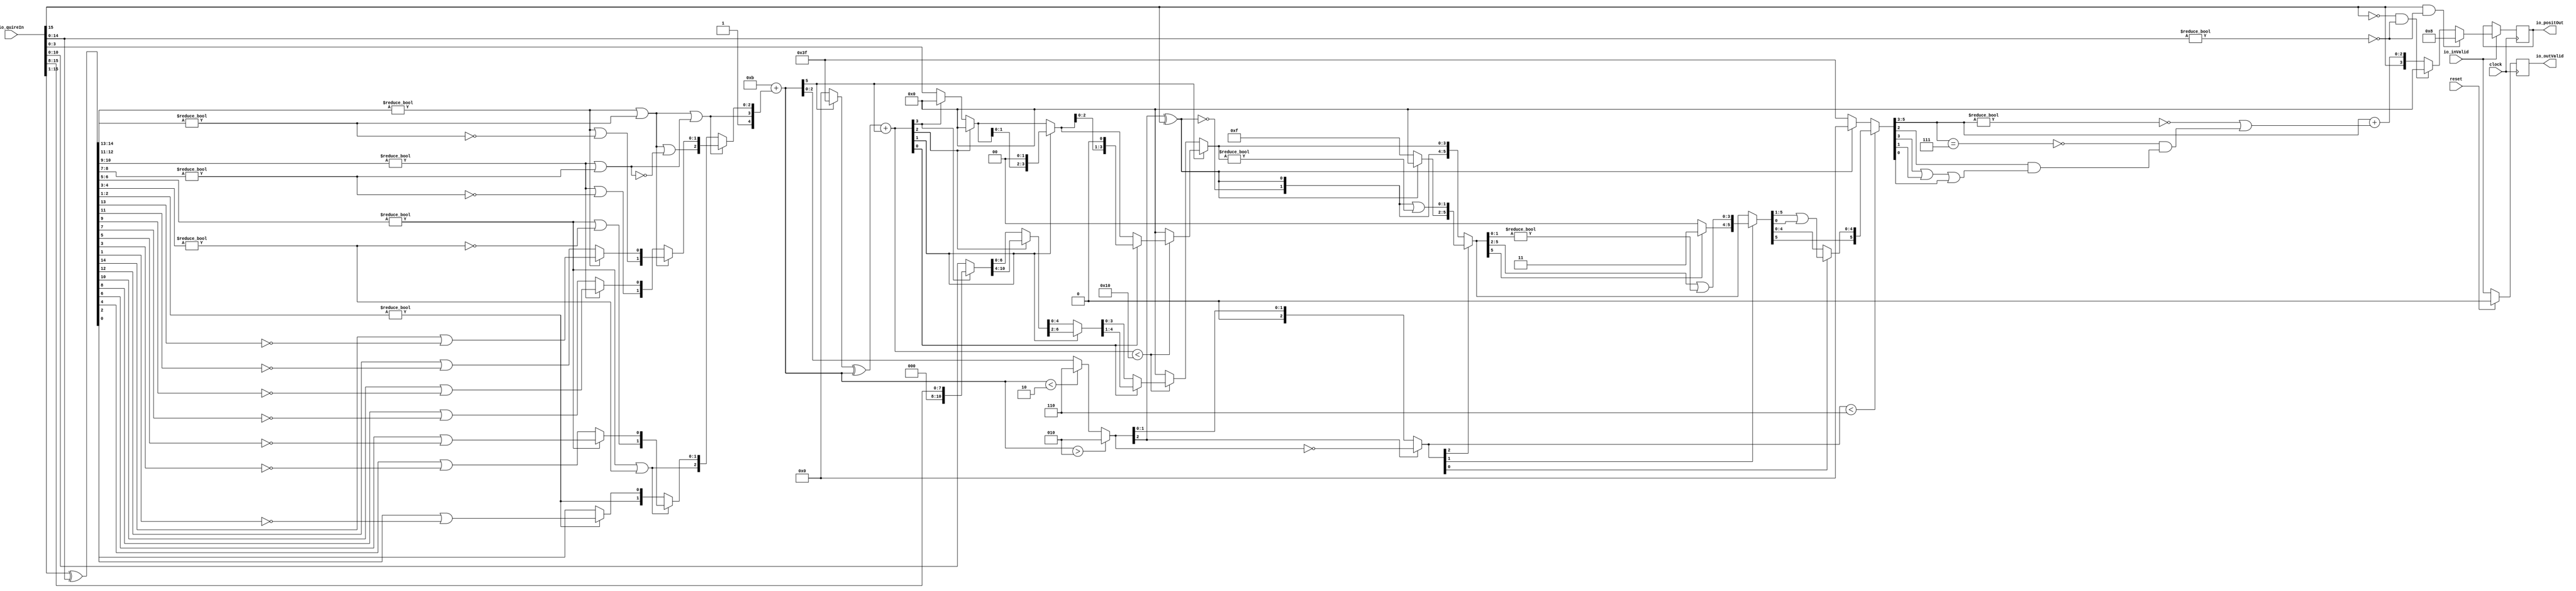
module QuireToPosit6_4_0(
  input         clock,
  input         reset,
  input         io_inValid,
  input  [15:0] io_quireIn,
  output [3:0]  io_positOut,
  output        io_outValid
);
  wire [14:0] _T; // @[QuireToPosit.scala 47:43]
  wire  _T_1; // @[QuireToPosit.scala 47:47]
  wire  tailIsZero; // @[QuireToPosit.scala 47:27]
  wire  _T_2; // @[QuireToPosit.scala 49:45]
  wire  outRawFloat_isNaR; // @[QuireToPosit.scala 49:49]
  wire  _T_5; // @[QuireToPosit.scala 50:31]
  wire  outRawFloat_isZero; // @[QuireToPosit.scala 50:51]
  wire [14:0] _T_8; // @[QuireToPosit.scala 58:41]
  wire [14:0] _T_9; // @[QuireToPosit.scala 58:68]
  wire [14:0] quireXOR; // @[QuireToPosit.scala 58:56]
  wire [7:0] _T_10; // @[LZD.scala 43:32]
  wire [3:0] _T_11; // @[LZD.scala 43:32]
  wire [1:0] _T_12; // @[LZD.scala 43:32]
  wire  _T_13; // @[LZD.scala 39:14]
  wire  _T_14; // @[LZD.scala 39:21]
  wire  _T_15; // @[LZD.scala 39:30]
  wire  _T_16; // @[LZD.scala 39:27]
  wire  _T_17; // @[LZD.scala 39:25]
  wire [1:0] _T_18; // @[Cat.scala 29:58]
  wire [1:0] _T_19; // @[LZD.scala 44:32]
  wire  _T_20; // @[LZD.scala 39:14]
  wire  _T_21; // @[LZD.scala 39:21]
  wire  _T_22; // @[LZD.scala 39:30]
  wire  _T_23; // @[LZD.scala 39:27]
  wire  _T_24; // @[LZD.scala 39:25]
  wire [1:0] _T_25; // @[Cat.scala 29:58]
  wire  _T_26; // @[Shift.scala 12:21]
  wire  _T_27; // @[Shift.scala 12:21]
  wire  _T_28; // @[LZD.scala 49:16]
  wire  _T_29; // @[LZD.scala 49:27]
  wire  _T_30; // @[LZD.scala 49:25]
  wire  _T_31; // @[LZD.scala 49:47]
  wire  _T_32; // @[LZD.scala 49:59]
  wire  _T_33; // @[LZD.scala 49:35]
  wire [2:0] _T_35; // @[Cat.scala 29:58]
  wire [3:0] _T_36; // @[LZD.scala 44:32]
  wire [1:0] _T_37; // @[LZD.scala 43:32]
  wire  _T_38; // @[LZD.scala 39:14]
  wire  _T_39; // @[LZD.scala 39:21]
  wire  _T_40; // @[LZD.scala 39:30]
  wire  _T_41; // @[LZD.scala 39:27]
  wire  _T_42; // @[LZD.scala 39:25]
  wire [1:0] _T_43; // @[Cat.scala 29:58]
  wire [1:0] _T_44; // @[LZD.scala 44:32]
  wire  _T_45; // @[LZD.scala 39:14]
  wire  _T_46; // @[LZD.scala 39:21]
  wire  _T_47; // @[LZD.scala 39:30]
  wire  _T_48; // @[LZD.scala 39:27]
  wire  _T_49; // @[LZD.scala 39:25]
  wire [1:0] _T_50; // @[Cat.scala 29:58]
  wire  _T_51; // @[Shift.scala 12:21]
  wire  _T_52; // @[Shift.scala 12:21]
  wire  _T_53; // @[LZD.scala 49:16]
  wire  _T_54; // @[LZD.scala 49:27]
  wire  _T_55; // @[LZD.scala 49:25]
  wire  _T_56; // @[LZD.scala 49:47]
  wire  _T_57; // @[LZD.scala 49:59]
  wire  _T_58; // @[LZD.scala 49:35]
  wire [2:0] _T_60; // @[Cat.scala 29:58]
  wire  _T_61; // @[Shift.scala 12:21]
  wire  _T_62; // @[Shift.scala 12:21]
  wire  _T_63; // @[LZD.scala 49:16]
  wire  _T_64; // @[LZD.scala 49:27]
  wire  _T_65; // @[LZD.scala 49:25]
  wire [1:0] _T_66; // @[LZD.scala 49:47]
  wire [1:0] _T_67; // @[LZD.scala 49:59]
  wire [1:0] _T_68; // @[LZD.scala 49:35]
  wire [3:0] _T_70; // @[Cat.scala 29:58]
  wire [6:0] _T_71; // @[LZD.scala 44:32]
  wire [3:0] _T_72; // @[LZD.scala 43:32]
  wire [1:0] _T_73; // @[LZD.scala 43:32]
  wire  _T_74; // @[LZD.scala 39:14]
  wire  _T_75; // @[LZD.scala 39:21]
  wire  _T_76; // @[LZD.scala 39:30]
  wire  _T_77; // @[LZD.scala 39:27]
  wire  _T_78; // @[LZD.scala 39:25]
  wire [1:0] _T_79; // @[Cat.scala 29:58]
  wire [1:0] _T_80; // @[LZD.scala 44:32]
  wire  _T_81; // @[LZD.scala 39:14]
  wire  _T_82; // @[LZD.scala 39:21]
  wire  _T_83; // @[LZD.scala 39:30]
  wire  _T_84; // @[LZD.scala 39:27]
  wire  _T_85; // @[LZD.scala 39:25]
  wire [1:0] _T_86; // @[Cat.scala 29:58]
  wire  _T_87; // @[Shift.scala 12:21]
  wire  _T_88; // @[Shift.scala 12:21]
  wire  _T_89; // @[LZD.scala 49:16]
  wire  _T_90; // @[LZD.scala 49:27]
  wire  _T_91; // @[LZD.scala 49:25]
  wire  _T_92; // @[LZD.scala 49:47]
  wire  _T_93; // @[LZD.scala 49:59]
  wire  _T_94; // @[LZD.scala 49:35]
  wire [2:0] _T_96; // @[Cat.scala 29:58]
  wire [2:0] _T_97; // @[LZD.scala 44:32]
  wire [1:0] _T_98; // @[LZD.scala 43:32]
  wire  _T_99; // @[LZD.scala 39:14]
  wire  _T_100; // @[LZD.scala 39:21]
  wire  _T_101; // @[LZD.scala 39:30]
  wire  _T_102; // @[LZD.scala 39:27]
  wire  _T_103; // @[LZD.scala 39:25]
  wire [1:0] _T_104; // @[Cat.scala 29:58]
  wire  _T_105; // @[LZD.scala 44:32]
  wire  _T_107; // @[Shift.scala 12:21]
  wire  _T_109; // @[LZD.scala 55:32]
  wire  _T_110; // @[LZD.scala 55:20]
  wire [1:0] _T_111; // @[Cat.scala 29:58]
  wire  _T_112; // @[Shift.scala 12:21]
  wire [1:0] _T_114; // @[LZD.scala 55:32]
  wire [1:0] _T_115; // @[LZD.scala 55:20]
  wire [2:0] _T_116; // @[Cat.scala 29:58]
  wire  _T_117; // @[Shift.scala 12:21]
  wire [2:0] _T_119; // @[LZD.scala 55:32]
  wire [2:0] _T_120; // @[LZD.scala 55:20]
  wire [4:0] scaleBias; // @[Cat.scala 29:58]
  wire [4:0] _T_121; // @[QuireToPosit.scala 61:53]
  wire [5:0] _GEN_2; // @[QuireToPosit.scala 61:41]
  wire [5:0] _T_123; // @[QuireToPosit.scala 61:41]
  wire [5:0] realScale; // @[QuireToPosit.scala 61:41]
  wire  underflow; // @[QuireToPosit.scala 62:41]
  wire  overflow; // @[QuireToPosit.scala 63:35]
  wire [5:0] _T_124; // @[Mux.scala 87:16]
  wire [5:0] _T_125; // @[Mux.scala 87:16]
  wire  _T_126; // @[Abs.scala 10:21]
  wire [5:0] _T_128; // @[Bitwise.scala 71:12]
  wire [5:0] _T_129; // @[Abs.scala 10:31]
  wire [5:0] _T_130; // @[Abs.scala 10:26]
  wire [5:0] _GEN_3; // @[Abs.scala 10:39]
  wire [5:0] absRealScale; // @[Abs.scala 10:39]
  wire  _T_133; // @[Shift.scala 16:24]
  wire [3:0] _T_134; // @[Shift.scala 17:37]
  wire  _T_135; // @[Shift.scala 12:21]
  wire [7:0] _T_136; // @[Shift.scala 64:52]
  wire [15:0] _T_138; // @[Cat.scala 29:58]
  wire [15:0] _T_139; // @[Shift.scala 64:27]
  wire [2:0] _T_140; // @[Shift.scala 66:70]
  wire  _T_141; // @[Shift.scala 12:21]
  wire [11:0] _T_142; // @[Shift.scala 64:52]
  wire [15:0] _T_144; // @[Cat.scala 29:58]
  wire [15:0] _T_145; // @[Shift.scala 64:27]
  wire [1:0] _T_146; // @[Shift.scala 66:70]
  wire  _T_147; // @[Shift.scala 12:21]
  wire [13:0] _T_148; // @[Shift.scala 64:52]
  wire [15:0] _T_150; // @[Cat.scala 29:58]
  wire [15:0] _T_151; // @[Shift.scala 64:27]
  wire  _T_152; // @[Shift.scala 66:70]
  wire [14:0] _T_154; // @[Shift.scala 64:52]
  wire [15:0] _T_155; // @[Cat.scala 29:58]
  wire [15:0] _T_156; // @[Shift.scala 64:27]
  wire [15:0] quireLeftShift; // @[Shift.scala 16:10]
  wire [7:0] _T_161; // @[Shift.scala 77:66]
  wire [15:0] _T_162; // @[Cat.scala 29:58]
  wire [15:0] _T_163; // @[Shift.scala 77:22]
  wire [11:0] _T_167; // @[Shift.scala 77:66]
  wire [15:0] _T_168; // @[Cat.scala 29:58]
  wire [15:0] _T_169; // @[Shift.scala 77:22]
  wire [13:0] _T_173; // @[Shift.scala 77:66]
  wire [15:0] _T_174; // @[Cat.scala 29:58]
  wire [15:0] _T_175; // @[Shift.scala 77:22]
  wire [14:0] _T_178; // @[Shift.scala 77:66]
  wire [15:0] _T_179; // @[Cat.scala 29:58]
  wire [15:0] _T_180; // @[Shift.scala 77:22]
  wire [15:0] quireRightShift; // @[Shift.scala 27:10]
  wire [2:0] _T_182; // @[QuireToPosit.scala 89:49]
  wire  _T_183; // @[QuireToPosit.scala 90:127]
  wire [3:0] realFGRSTmp1; // @[Cat.scala 29:58]
  wire [2:0] _T_185; // @[QuireToPosit.scala 91:50]
  wire  _T_186; // @[QuireToPosit.scala 92:128]
  wire [3:0] realFGRSTmp2; // @[Cat.scala 29:58]
  wire [3:0] realFGRS; // @[QuireToPosit.scala 93:34]
  wire  outRawFloat_fraction; // @[QuireToPosit.scala 95:46]
  wire [2:0] outRawFloat_grs; // @[QuireToPosit.scala 96:46]
  wire [2:0] _GEN_4; // @[QuireToPosit.scala 44:31 QuireToPosit.scala 65:27]
  wire [2:0] outRawFloat_scale; // @[QuireToPosit.scala 44:31 QuireToPosit.scala 65:27]
  wire  _T_193; // @[convert.scala 49:36]
  wire [2:0] _T_195; // @[convert.scala 50:36]
  wire [2:0] _T_196; // @[convert.scala 50:36]
  wire [2:0] _T_197; // @[convert.scala 50:28]
  wire  _T_198; // @[convert.scala 51:31]
  wire  _T_199; // @[convert.scala 53:34]
  wire [5:0] _T_202; // @[Cat.scala 29:58]
  wire [2:0] _T_203; // @[Shift.scala 39:17]
  wire  _T_204; // @[Shift.scala 39:24]
  wire [1:0] _T_206; // @[Shift.scala 90:30]
  wire [3:0] _T_207; // @[Shift.scala 90:48]
  wire  _T_208; // @[Shift.scala 90:57]
  wire [1:0] _GEN_5; // @[Shift.scala 90:39]
  wire [1:0] _T_209; // @[Shift.scala 90:39]
  wire  _T_210; // @[Shift.scala 12:21]
  wire  _T_211; // @[Shift.scala 12:21]
  wire [3:0] _T_213; // @[Bitwise.scala 71:12]
  wire [5:0] _T_214; // @[Cat.scala 29:58]
  wire [5:0] _T_215; // @[Shift.scala 91:22]
  wire [1:0] _T_216; // @[Shift.scala 92:77]
  wire [3:0] _T_217; // @[Shift.scala 90:30]
  wire [1:0] _T_218; // @[Shift.scala 90:48]
  wire  _T_219; // @[Shift.scala 90:57]
  wire [3:0] _GEN_6; // @[Shift.scala 90:39]
  wire [3:0] _T_220; // @[Shift.scala 90:39]
  wire  _T_221; // @[Shift.scala 12:21]
  wire  _T_222; // @[Shift.scala 12:21]
  wire [1:0] _T_224; // @[Bitwise.scala 71:12]
  wire [5:0] _T_225; // @[Cat.scala 29:58]
  wire [5:0] _T_226; // @[Shift.scala 91:22]
  wire  _T_227; // @[Shift.scala 92:77]
  wire [4:0] _T_228; // @[Shift.scala 90:30]
  wire  _T_229; // @[Shift.scala 90:48]
  wire [4:0] _GEN_7; // @[Shift.scala 90:39]
  wire [4:0] _T_231; // @[Shift.scala 90:39]
  wire  _T_233; // @[Shift.scala 12:21]
  wire [5:0] _T_234; // @[Cat.scala 29:58]
  wire [5:0] _T_235; // @[Shift.scala 91:22]
  wire [5:0] _T_238; // @[Bitwise.scala 71:12]
  wire [5:0] _T_239; // @[Shift.scala 39:10]
  wire  _T_240; // @[convert.scala 55:31]
  wire  _T_241; // @[convert.scala 56:31]
  wire  _T_242; // @[convert.scala 57:31]
  wire  _T_243; // @[convert.scala 58:31]
  wire [2:0] _T_244; // @[convert.scala 59:69]
  wire  _T_245; // @[convert.scala 59:81]
  wire  _T_246; // @[convert.scala 59:50]
  wire  _T_248; // @[convert.scala 60:81]
  wire  _T_249; // @[convert.scala 61:44]
  wire  _T_250; // @[convert.scala 61:52]
  wire  _T_251; // @[convert.scala 61:36]
  wire  _T_252; // @[convert.scala 62:63]
  wire  _T_253; // @[convert.scala 62:103]
  wire  _T_254; // @[convert.scala 62:60]
  wire [2:0] _GEN_8; // @[convert.scala 63:56]
  wire [2:0] _T_257; // @[convert.scala 63:56]
  wire [3:0] _T_258; // @[Cat.scala 29:58]
  reg  _T_262; // @[Valid.scala 117:22]
  reg [31:0] _RAND_0;
  reg [3:0] _T_266; // @[Reg.scala 15:16]
  reg [31:0] _RAND_1;
  assign _T = io_quireIn[14:0]; // @[QuireToPosit.scala 47:43]
  assign _T_1 = _T != 15'h0; // @[QuireToPosit.scala 47:47]
  assign tailIsZero = ~ _T_1; // @[QuireToPosit.scala 47:27]
  assign _T_2 = io_quireIn[15:15]; // @[QuireToPosit.scala 49:45]
  assign outRawFloat_isNaR = _T_2 & tailIsZero; // @[QuireToPosit.scala 49:49]
  assign _T_5 = ~ _T_2; // @[QuireToPosit.scala 50:31]
  assign outRawFloat_isZero = _T_5 & tailIsZero; // @[QuireToPosit.scala 50:51]
  assign _T_8 = io_quireIn[15:1]; // @[QuireToPosit.scala 58:41]
  assign _T_9 = io_quireIn[14:0]; // @[QuireToPosit.scala 58:68]
  assign quireXOR = _T_8 ^ _T_9; // @[QuireToPosit.scala 58:56]
  assign _T_10 = quireXOR[14:7]; // @[LZD.scala 43:32]
  assign _T_11 = _T_10[7:4]; // @[LZD.scala 43:32]
  assign _T_12 = _T_11[3:2]; // @[LZD.scala 43:32]
  assign _T_13 = _T_12 != 2'h0; // @[LZD.scala 39:14]
  assign _T_14 = _T_12[1]; // @[LZD.scala 39:21]
  assign _T_15 = _T_12[0]; // @[LZD.scala 39:30]
  assign _T_16 = ~ _T_15; // @[LZD.scala 39:27]
  assign _T_17 = _T_14 | _T_16; // @[LZD.scala 39:25]
  assign _T_18 = {_T_13,_T_17}; // @[Cat.scala 29:58]
  assign _T_19 = _T_11[1:0]; // @[LZD.scala 44:32]
  assign _T_20 = _T_19 != 2'h0; // @[LZD.scala 39:14]
  assign _T_21 = _T_19[1]; // @[LZD.scala 39:21]
  assign _T_22 = _T_19[0]; // @[LZD.scala 39:30]
  assign _T_23 = ~ _T_22; // @[LZD.scala 39:27]
  assign _T_24 = _T_21 | _T_23; // @[LZD.scala 39:25]
  assign _T_25 = {_T_20,_T_24}; // @[Cat.scala 29:58]
  assign _T_26 = _T_18[1]; // @[Shift.scala 12:21]
  assign _T_27 = _T_25[1]; // @[Shift.scala 12:21]
  assign _T_28 = _T_26 | _T_27; // @[LZD.scala 49:16]
  assign _T_29 = ~ _T_27; // @[LZD.scala 49:27]
  assign _T_30 = _T_26 | _T_29; // @[LZD.scala 49:25]
  assign _T_31 = _T_18[0:0]; // @[LZD.scala 49:47]
  assign _T_32 = _T_25[0:0]; // @[LZD.scala 49:59]
  assign _T_33 = _T_26 ? _T_31 : _T_32; // @[LZD.scala 49:35]
  assign _T_35 = {_T_28,_T_30,_T_33}; // @[Cat.scala 29:58]
  assign _T_36 = _T_10[3:0]; // @[LZD.scala 44:32]
  assign _T_37 = _T_36[3:2]; // @[LZD.scala 43:32]
  assign _T_38 = _T_37 != 2'h0; // @[LZD.scala 39:14]
  assign _T_39 = _T_37[1]; // @[LZD.scala 39:21]
  assign _T_40 = _T_37[0]; // @[LZD.scala 39:30]
  assign _T_41 = ~ _T_40; // @[LZD.scala 39:27]
  assign _T_42 = _T_39 | _T_41; // @[LZD.scala 39:25]
  assign _T_43 = {_T_38,_T_42}; // @[Cat.scala 29:58]
  assign _T_44 = _T_36[1:0]; // @[LZD.scala 44:32]
  assign _T_45 = _T_44 != 2'h0; // @[LZD.scala 39:14]
  assign _T_46 = _T_44[1]; // @[LZD.scala 39:21]
  assign _T_47 = _T_44[0]; // @[LZD.scala 39:30]
  assign _T_48 = ~ _T_47; // @[LZD.scala 39:27]
  assign _T_49 = _T_46 | _T_48; // @[LZD.scala 39:25]
  assign _T_50 = {_T_45,_T_49}; // @[Cat.scala 29:58]
  assign _T_51 = _T_43[1]; // @[Shift.scala 12:21]
  assign _T_52 = _T_50[1]; // @[Shift.scala 12:21]
  assign _T_53 = _T_51 | _T_52; // @[LZD.scala 49:16]
  assign _T_54 = ~ _T_52; // @[LZD.scala 49:27]
  assign _T_55 = _T_51 | _T_54; // @[LZD.scala 49:25]
  assign _T_56 = _T_43[0:0]; // @[LZD.scala 49:47]
  assign _T_57 = _T_50[0:0]; // @[LZD.scala 49:59]
  assign _T_58 = _T_51 ? _T_56 : _T_57; // @[LZD.scala 49:35]
  assign _T_60 = {_T_53,_T_55,_T_58}; // @[Cat.scala 29:58]
  assign _T_61 = _T_35[2]; // @[Shift.scala 12:21]
  assign _T_62 = _T_60[2]; // @[Shift.scala 12:21]
  assign _T_63 = _T_61 | _T_62; // @[LZD.scala 49:16]
  assign _T_64 = ~ _T_62; // @[LZD.scala 49:27]
  assign _T_65 = _T_61 | _T_64; // @[LZD.scala 49:25]
  assign _T_66 = _T_35[1:0]; // @[LZD.scala 49:47]
  assign _T_67 = _T_60[1:0]; // @[LZD.scala 49:59]
  assign _T_68 = _T_61 ? _T_66 : _T_67; // @[LZD.scala 49:35]
  assign _T_70 = {_T_63,_T_65,_T_68}; // @[Cat.scala 29:58]
  assign _T_71 = quireXOR[6:0]; // @[LZD.scala 44:32]
  assign _T_72 = _T_71[6:3]; // @[LZD.scala 43:32]
  assign _T_73 = _T_72[3:2]; // @[LZD.scala 43:32]
  assign _T_74 = _T_73 != 2'h0; // @[LZD.scala 39:14]
  assign _T_75 = _T_73[1]; // @[LZD.scala 39:21]
  assign _T_76 = _T_73[0]; // @[LZD.scala 39:30]
  assign _T_77 = ~ _T_76; // @[LZD.scala 39:27]
  assign _T_78 = _T_75 | _T_77; // @[LZD.scala 39:25]
  assign _T_79 = {_T_74,_T_78}; // @[Cat.scala 29:58]
  assign _T_80 = _T_72[1:0]; // @[LZD.scala 44:32]
  assign _T_81 = _T_80 != 2'h0; // @[LZD.scala 39:14]
  assign _T_82 = _T_80[1]; // @[LZD.scala 39:21]
  assign _T_83 = _T_80[0]; // @[LZD.scala 39:30]
  assign _T_84 = ~ _T_83; // @[LZD.scala 39:27]
  assign _T_85 = _T_82 | _T_84; // @[LZD.scala 39:25]
  assign _T_86 = {_T_81,_T_85}; // @[Cat.scala 29:58]
  assign _T_87 = _T_79[1]; // @[Shift.scala 12:21]
  assign _T_88 = _T_86[1]; // @[Shift.scala 12:21]
  assign _T_89 = _T_87 | _T_88; // @[LZD.scala 49:16]
  assign _T_90 = ~ _T_88; // @[LZD.scala 49:27]
  assign _T_91 = _T_87 | _T_90; // @[LZD.scala 49:25]
  assign _T_92 = _T_79[0:0]; // @[LZD.scala 49:47]
  assign _T_93 = _T_86[0:0]; // @[LZD.scala 49:59]
  assign _T_94 = _T_87 ? _T_92 : _T_93; // @[LZD.scala 49:35]
  assign _T_96 = {_T_89,_T_91,_T_94}; // @[Cat.scala 29:58]
  assign _T_97 = _T_71[2:0]; // @[LZD.scala 44:32]
  assign _T_98 = _T_97[2:1]; // @[LZD.scala 43:32]
  assign _T_99 = _T_98 != 2'h0; // @[LZD.scala 39:14]
  assign _T_100 = _T_98[1]; // @[LZD.scala 39:21]
  assign _T_101 = _T_98[0]; // @[LZD.scala 39:30]
  assign _T_102 = ~ _T_101; // @[LZD.scala 39:27]
  assign _T_103 = _T_100 | _T_102; // @[LZD.scala 39:25]
  assign _T_104 = {_T_99,_T_103}; // @[Cat.scala 29:58]
  assign _T_105 = _T_97[0:0]; // @[LZD.scala 44:32]
  assign _T_107 = _T_104[1]; // @[Shift.scala 12:21]
  assign _T_109 = _T_104[0:0]; // @[LZD.scala 55:32]
  assign _T_110 = _T_107 ? _T_109 : _T_105; // @[LZD.scala 55:20]
  assign _T_111 = {_T_107,_T_110}; // @[Cat.scala 29:58]
  assign _T_112 = _T_96[2]; // @[Shift.scala 12:21]
  assign _T_114 = _T_96[1:0]; // @[LZD.scala 55:32]
  assign _T_115 = _T_112 ? _T_114 : _T_111; // @[LZD.scala 55:20]
  assign _T_116 = {_T_112,_T_115}; // @[Cat.scala 29:58]
  assign _T_117 = _T_70[3]; // @[Shift.scala 12:21]
  assign _T_119 = _T_70[2:0]; // @[LZD.scala 55:32]
  assign _T_120 = _T_117 ? _T_119 : _T_116; // @[LZD.scala 55:20]
  assign scaleBias = {1'h1,_T_117,_T_120}; // @[Cat.scala 29:58]
  assign _T_121 = $signed(scaleBias); // @[QuireToPosit.scala 61:53]
  assign _GEN_2 = {{1{_T_121[4]}},_T_121}; // @[QuireToPosit.scala 61:41]
  assign _T_123 = $signed(6'shb) + $signed(_GEN_2); // @[QuireToPosit.scala 61:41]
  assign realScale = $signed(_T_123); // @[QuireToPosit.scala 61:41]
  assign underflow = $signed(realScale) < $signed(-6'sh2); // @[QuireToPosit.scala 62:41]
  assign overflow = $signed(realScale) > $signed(6'sh2); // @[QuireToPosit.scala 63:35]
  assign _T_124 = underflow ? $signed(-6'sh2) : $signed(realScale); // @[Mux.scala 87:16]
  assign _T_125 = overflow ? $signed(6'sh2) : $signed(_T_124); // @[Mux.scala 87:16]
  assign _T_126 = realScale[5:5]; // @[Abs.scala 10:21]
  assign _T_128 = _T_126 ? 6'h3f : 6'h0; // @[Bitwise.scala 71:12]
  assign _T_129 = $unsigned(realScale); // @[Abs.scala 10:31]
  assign _T_130 = _T_128 ^ _T_129; // @[Abs.scala 10:26]
  assign _GEN_3 = {{5'd0}, _T_126}; // @[Abs.scala 10:39]
  assign absRealScale = _T_130 + _GEN_3; // @[Abs.scala 10:39]
  assign _T_133 = absRealScale < 6'h10; // @[Shift.scala 16:24]
  assign _T_134 = absRealScale[3:0]; // @[Shift.scala 17:37]
  assign _T_135 = _T_134[3]; // @[Shift.scala 12:21]
  assign _T_136 = io_quireIn[7:0]; // @[Shift.scala 64:52]
  assign _T_138 = {_T_136,8'h0}; // @[Cat.scala 29:58]
  assign _T_139 = _T_135 ? _T_138 : io_quireIn; // @[Shift.scala 64:27]
  assign _T_140 = _T_134[2:0]; // @[Shift.scala 66:70]
  assign _T_141 = _T_140[2]; // @[Shift.scala 12:21]
  assign _T_142 = _T_139[11:0]; // @[Shift.scala 64:52]
  assign _T_144 = {_T_142,4'h0}; // @[Cat.scala 29:58]
  assign _T_145 = _T_141 ? _T_144 : _T_139; // @[Shift.scala 64:27]
  assign _T_146 = _T_140[1:0]; // @[Shift.scala 66:70]
  assign _T_147 = _T_146[1]; // @[Shift.scala 12:21]
  assign _T_148 = _T_145[13:0]; // @[Shift.scala 64:52]
  assign _T_150 = {_T_148,2'h0}; // @[Cat.scala 29:58]
  assign _T_151 = _T_147 ? _T_150 : _T_145; // @[Shift.scala 64:27]
  assign _T_152 = _T_146[0:0]; // @[Shift.scala 66:70]
  assign _T_154 = _T_151[14:0]; // @[Shift.scala 64:52]
  assign _T_155 = {_T_154,1'h0}; // @[Cat.scala 29:58]
  assign _T_156 = _T_152 ? _T_155 : _T_151; // @[Shift.scala 64:27]
  assign quireLeftShift = _T_133 ? _T_156 : 16'h0; // @[Shift.scala 16:10]
  assign _T_161 = io_quireIn[15:8]; // @[Shift.scala 77:66]
  assign _T_162 = {8'h0,_T_161}; // @[Cat.scala 29:58]
  assign _T_163 = _T_135 ? _T_162 : io_quireIn; // @[Shift.scala 77:22]
  assign _T_167 = _T_163[15:4]; // @[Shift.scala 77:66]
  assign _T_168 = {4'h0,_T_167}; // @[Cat.scala 29:58]
  assign _T_169 = _T_141 ? _T_168 : _T_163; // @[Shift.scala 77:22]
  assign _T_173 = _T_169[15:2]; // @[Shift.scala 77:66]
  assign _T_174 = {2'h0,_T_173}; // @[Cat.scala 29:58]
  assign _T_175 = _T_147 ? _T_174 : _T_169; // @[Shift.scala 77:22]
  assign _T_178 = _T_175[15:1]; // @[Shift.scala 77:66]
  assign _T_179 = {1'h0,_T_178}; // @[Cat.scala 29:58]
  assign _T_180 = _T_152 ? _T_179 : _T_175; // @[Shift.scala 77:22]
  assign quireRightShift = _T_133 ? _T_180 : 16'h0; // @[Shift.scala 27:10]
  assign _T_182 = quireLeftShift[3:1]; // @[QuireToPosit.scala 89:49]
  assign _T_183 = quireLeftShift[0]; // @[QuireToPosit.scala 90:127]
  assign realFGRSTmp1 = {_T_182,_T_183}; // @[Cat.scala 29:58]
  assign _T_185 = quireRightShift[3:1]; // @[QuireToPosit.scala 91:50]
  assign _T_186 = quireRightShift[0]; // @[QuireToPosit.scala 92:128]
  assign realFGRSTmp2 = {_T_185,_T_186}; // @[Cat.scala 29:58]
  assign realFGRS = _T_126 ? realFGRSTmp1 : realFGRSTmp2; // @[QuireToPosit.scala 93:34]
  assign outRawFloat_fraction = realFGRS[3:3]; // @[QuireToPosit.scala 95:46]
  assign outRawFloat_grs = realFGRS[2:0]; // @[QuireToPosit.scala 96:46]
  assign _GEN_4 = _T_125[2:0]; // @[QuireToPosit.scala 44:31 QuireToPosit.scala 65:27]
  assign outRawFloat_scale = $signed(_GEN_4); // @[QuireToPosit.scala 44:31 QuireToPosit.scala 65:27]
  assign _T_193 = outRawFloat_scale[2:2]; // @[convert.scala 49:36]
  assign _T_195 = ~ outRawFloat_scale; // @[convert.scala 50:36]
  assign _T_196 = $signed(_T_195); // @[convert.scala 50:36]
  assign _T_197 = _T_193 ? $signed(_T_196) : $signed(outRawFloat_scale); // @[convert.scala 50:28]
  assign _T_198 = _T_193 ^ _T_2; // @[convert.scala 51:31]
  assign _T_199 = ~ _T_198; // @[convert.scala 53:34]
  assign _T_202 = {_T_199,_T_198,outRawFloat_fraction,outRawFloat_grs}; // @[Cat.scala 29:58]
  assign _T_203 = $unsigned(_T_197); // @[Shift.scala 39:17]
  assign _T_204 = _T_203 < 3'h6; // @[Shift.scala 39:24]
  assign _T_206 = _T_202[5:4]; // @[Shift.scala 90:30]
  assign _T_207 = _T_202[3:0]; // @[Shift.scala 90:48]
  assign _T_208 = _T_207 != 4'h0; // @[Shift.scala 90:57]
  assign _GEN_5 = {{1'd0}, _T_208}; // @[Shift.scala 90:39]
  assign _T_209 = _T_206 | _GEN_5; // @[Shift.scala 90:39]
  assign _T_210 = _T_203[2]; // @[Shift.scala 12:21]
  assign _T_211 = _T_202[5]; // @[Shift.scala 12:21]
  assign _T_213 = _T_211 ? 4'hf : 4'h0; // @[Bitwise.scala 71:12]
  assign _T_214 = {_T_213,_T_209}; // @[Cat.scala 29:58]
  assign _T_215 = _T_210 ? _T_214 : _T_202; // @[Shift.scala 91:22]
  assign _T_216 = _T_203[1:0]; // @[Shift.scala 92:77]
  assign _T_217 = _T_215[5:2]; // @[Shift.scala 90:30]
  assign _T_218 = _T_215[1:0]; // @[Shift.scala 90:48]
  assign _T_219 = _T_218 != 2'h0; // @[Shift.scala 90:57]
  assign _GEN_6 = {{3'd0}, _T_219}; // @[Shift.scala 90:39]
  assign _T_220 = _T_217 | _GEN_6; // @[Shift.scala 90:39]
  assign _T_221 = _T_216[1]; // @[Shift.scala 12:21]
  assign _T_222 = _T_215[5]; // @[Shift.scala 12:21]
  assign _T_224 = _T_222 ? 2'h3 : 2'h0; // @[Bitwise.scala 71:12]
  assign _T_225 = {_T_224,_T_220}; // @[Cat.scala 29:58]
  assign _T_226 = _T_221 ? _T_225 : _T_215; // @[Shift.scala 91:22]
  assign _T_227 = _T_216[0:0]; // @[Shift.scala 92:77]
  assign _T_228 = _T_226[5:1]; // @[Shift.scala 90:30]
  assign _T_229 = _T_226[0:0]; // @[Shift.scala 90:48]
  assign _GEN_7 = {{4'd0}, _T_229}; // @[Shift.scala 90:39]
  assign _T_231 = _T_228 | _GEN_7; // @[Shift.scala 90:39]
  assign _T_233 = _T_226[5]; // @[Shift.scala 12:21]
  assign _T_234 = {_T_233,_T_231}; // @[Cat.scala 29:58]
  assign _T_235 = _T_227 ? _T_234 : _T_226; // @[Shift.scala 91:22]
  assign _T_238 = _T_211 ? 6'h3f : 6'h0; // @[Bitwise.scala 71:12]
  assign _T_239 = _T_204 ? _T_235 : _T_238; // @[Shift.scala 39:10]
  assign _T_240 = _T_239[3]; // @[convert.scala 55:31]
  assign _T_241 = _T_239[2]; // @[convert.scala 56:31]
  assign _T_242 = _T_239[1]; // @[convert.scala 57:31]
  assign _T_243 = _T_239[0]; // @[convert.scala 58:31]
  assign _T_244 = _T_239[5:3]; // @[convert.scala 59:69]
  assign _T_245 = _T_244 != 3'h0; // @[convert.scala 59:81]
  assign _T_246 = ~ _T_245; // @[convert.scala 59:50]
  assign _T_248 = _T_244 == 3'h7; // @[convert.scala 60:81]
  assign _T_249 = _T_240 | _T_242; // @[convert.scala 61:44]
  assign _T_250 = _T_249 | _T_243; // @[convert.scala 61:52]
  assign _T_251 = _T_241 & _T_250; // @[convert.scala 61:36]
  assign _T_252 = ~ _T_248; // @[convert.scala 62:63]
  assign _T_253 = _T_252 & _T_251; // @[convert.scala 62:103]
  assign _T_254 = _T_246 | _T_253; // @[convert.scala 62:60]
  assign _GEN_8 = {{2'd0}, _T_254}; // @[convert.scala 63:56]
  assign _T_257 = _T_244 + _GEN_8; // @[convert.scala 63:56]
  assign _T_258 = {_T_2,_T_257}; // @[Cat.scala 29:58]
  assign io_positOut = _T_266; // @[QuireToPosit.scala 101:15]
  assign io_outValid = _T_262; // @[QuireToPosit.scala 100:21]
`ifdef RANDOMIZE_GARBAGE_ASSIGN
`define RANDOMIZE
`endif
`ifdef RANDOMIZE_INVALID_ASSIGN
`define RANDOMIZE
`endif
`ifdef RANDOMIZE_REG_INIT
`define RANDOMIZE
`endif
`ifdef RANDOMIZE_MEM_INIT
`define RANDOMIZE
`endif
`ifndef RANDOM
`define RANDOM $random
`endif
`ifdef RANDOMIZE_MEM_INIT
  integer initvar;
`endif
initial begin
  `ifdef RANDOMIZE
    `ifdef INIT_RANDOM
      `INIT_RANDOM
    `endif
    `ifndef VERILATOR
      `ifdef RANDOMIZE_DELAY
        #`RANDOMIZE_DELAY begin end
      `else
        #0.002 begin end
      `endif
    `endif
  `ifdef RANDOMIZE_REG_INIT
  _RAND_0 = {1{`RANDOM}};
  _T_262 = _RAND_0[0:0];
  `endif // RANDOMIZE_REG_INIT
  `ifdef RANDOMIZE_REG_INIT
  _RAND_1 = {1{`RANDOM}};
  _T_266 = _RAND_1[3:0];
  `endif // RANDOMIZE_REG_INIT
  `endif // RANDOMIZE
end
  always @(posedge clock) begin
    if (reset) begin
      _T_262 <= 1'h0;
    end else begin
      _T_262 <= io_inValid;
    end
    if (io_inValid) begin
      if (outRawFloat_isNaR) begin
        _T_266 <= 4'h8;
      end else begin
        if (outRawFloat_isZero) begin
          _T_266 <= 4'h0;
        end else begin
          _T_266 <= _T_258;
        end
      end
    end
  end
endmodule